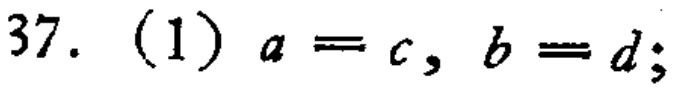
37. (1) \(a = c, b = d;\)